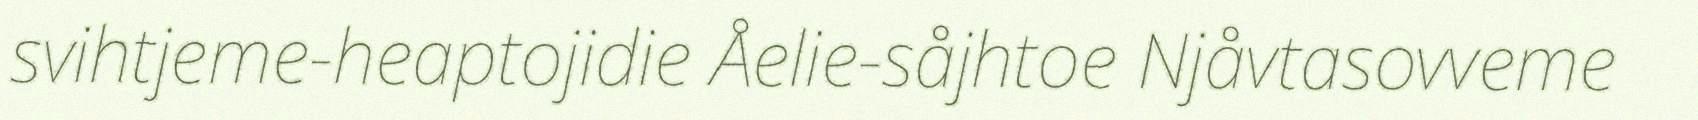
svihtjeme-heaptojidie Åelie-såjhtoe Njåvtasovveme